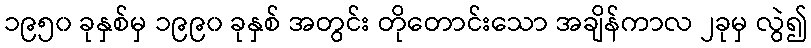
၁၉၅၀ ခုနှစ်မှ ၁၉၉၀ ခုနှစ် အတွင်း တိုတောင်းသော အချိန်ကာလ ၂ခုမှ လွဲ၍